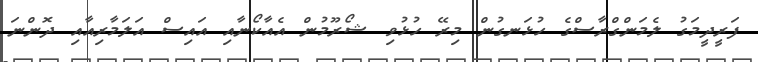
ފަރީދީމަގު ލެމަންގްރާސްގެ ހުޅަނގުން މިރޭ ހުޅުވި ޝޯރޫމުން އެއާކޯނާއި އައިސް އަލަމާރިއާއި ދޮންނަ